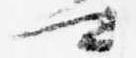
可